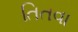
તિતવા